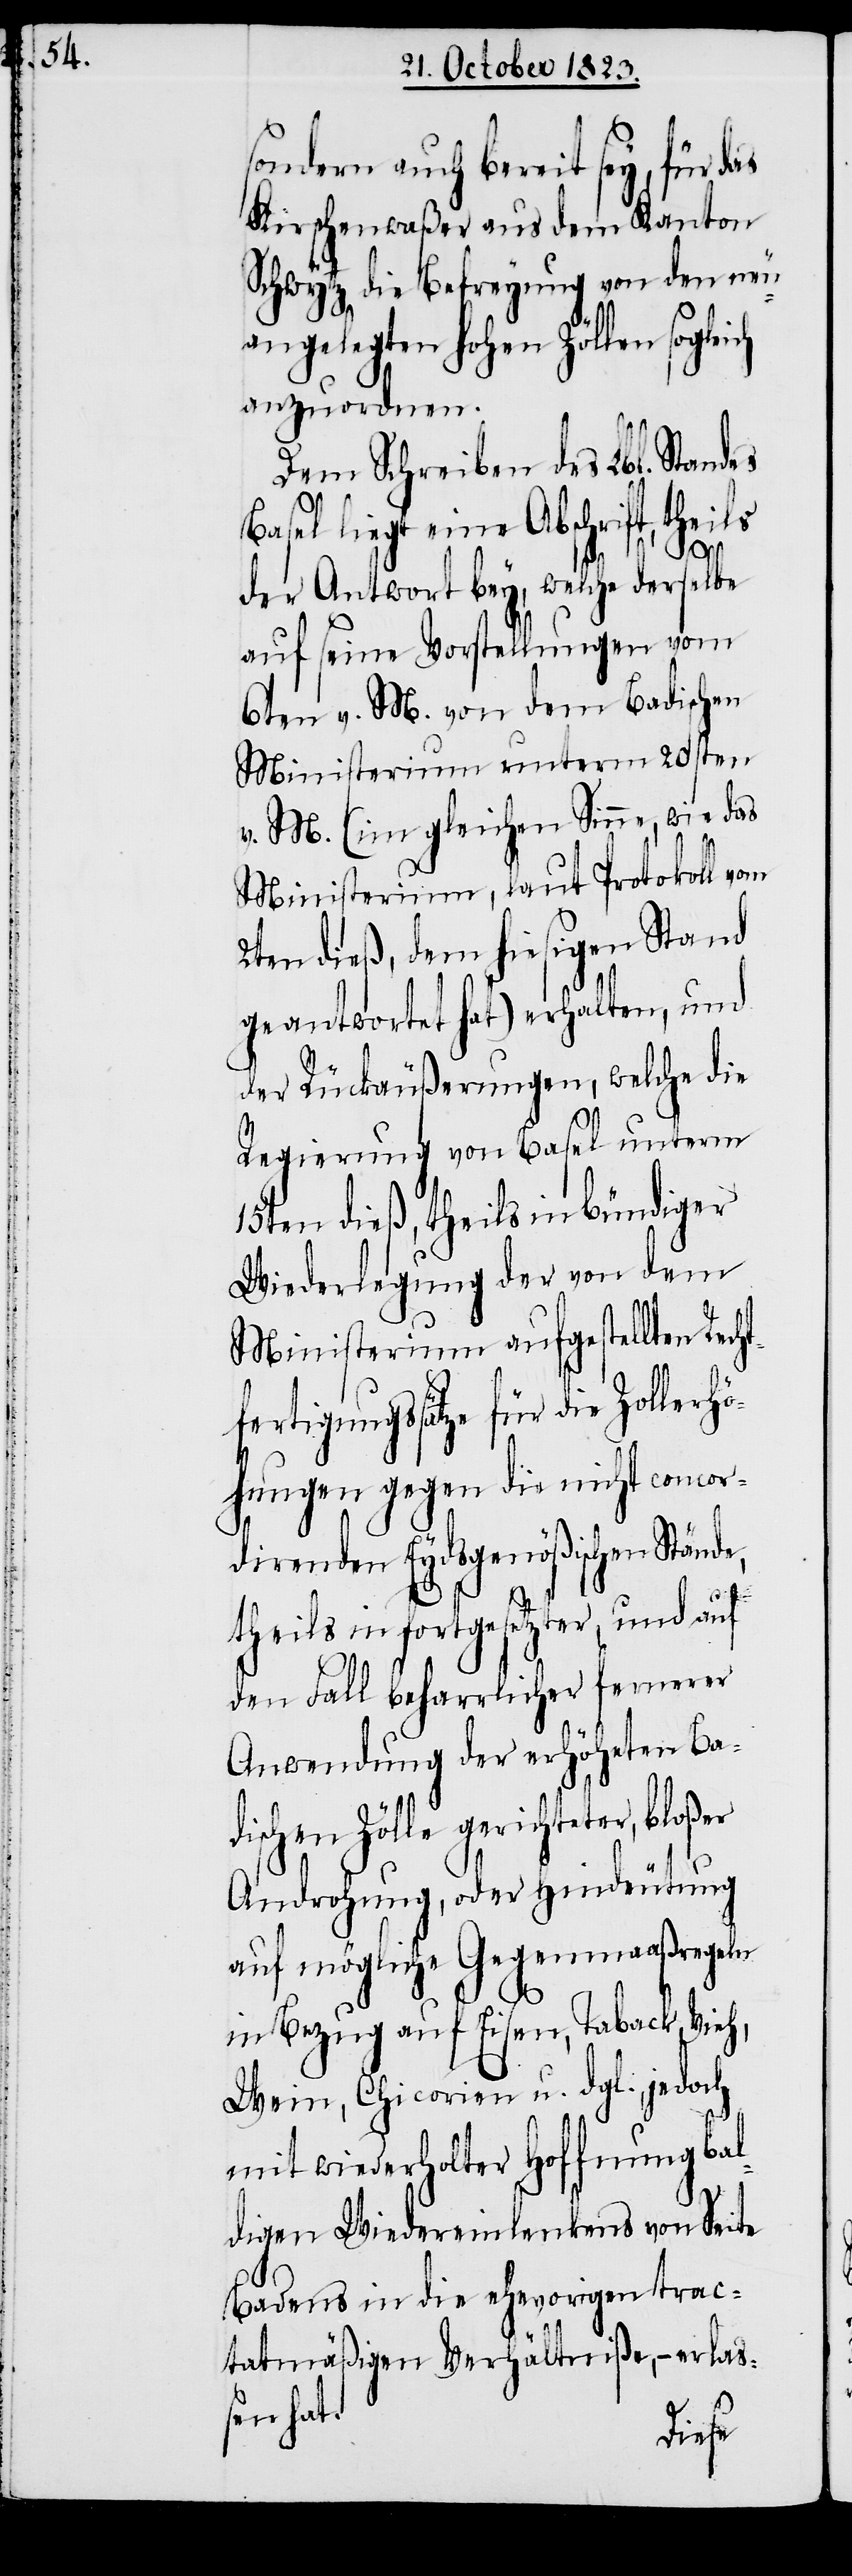
sondern auch bereit sey, für das
Kirchenwaßer aus dem Kanton
Schwytz die Befreyung von den neu¬
angelegten hohen Zöllen sogleich
anzuordnen.
Dem Schreiben des Lbl. Standes
Basel liegt eine Abschrift, theils
der Antwort bey, welche derselbe
auf seine Vorstellungen vom
6ten v. M. von dem Badischen
Ministerium unterm 20sten
v. M: (im gleichen Sinne, wie das
Ministerium, laut Protokoll vom
2ten dieß, dem hiesigen Stand
geantwortet hat) erhalten, und
der Rückäußerungen, welche die
Regierung von Basel unterm
15ten dieß, theils in bündiger
Wiederlegung der von dem
Ministerium aufgestellten Rech¬
tfertigungssätze für die Zollerhö¬
hungen gegen die nicht concor¬
direnden Eydsgenößischen Stände,
theils in fortgesetzter, und auf
den Fall beharrlicher fernerer
Anwendung der erhöheten Badi¬
schen Zölle gerichteter,
Androhung, oder Hindeutung
auf mögliche Gegenmaaßregeln
in Bezug auf Eisen, Taback, Vieh,
Wein, Chicorien, u. dgl., jedoch
mit wiederholter Hoffnung bal¬
digen Wiedereinlenkens von Seite
Badens in die ehevorigen trac¬
tatmäßigen Verhältniße, − erlaß¬
en hat.